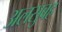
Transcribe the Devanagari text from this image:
अलसुबह